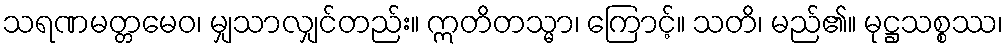
သရဏမတ္တမေဝ၊ မျှသာလျှင်တည်း။ ဣတိတသ္မာ၊ ကြောင့်။ သတိ၊ မည်၏။ မုဋ္ဌသစ္စဿ၊